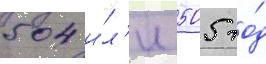
504 и́л'и 505 го́д